Code of medical and sanitary regulations for the guidance of medical officers serving in the Madras Presidency - Volume II
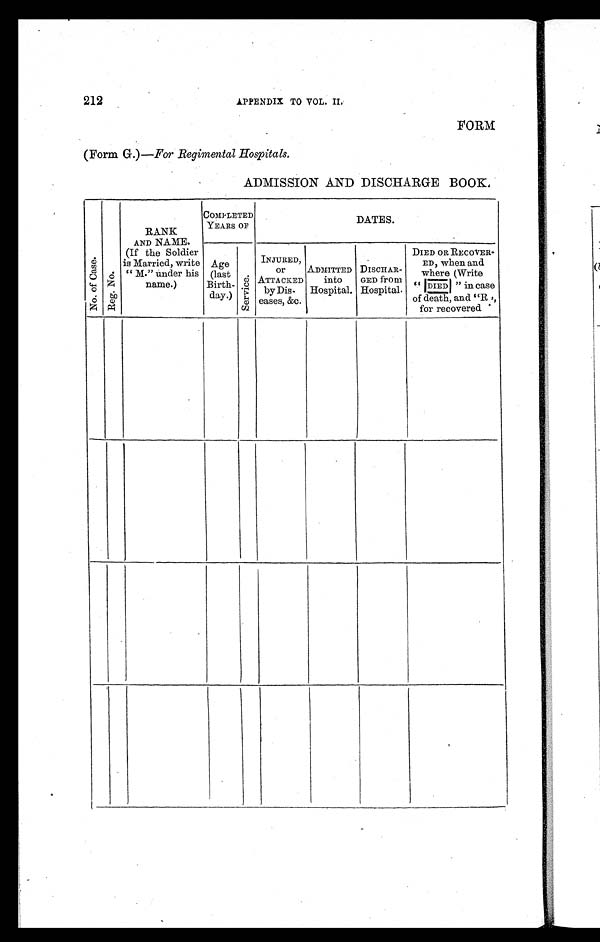
212
APPENDIX TO VOL. II.
FORM
(Form G.)—For Regimental Hospitals.
ADMISSION AND DISCHARGE BOOK.
N o . o f C a s e .
R e g . N o .
RANK
AND NAME.
(If the Soldier
is Married, write
"M." under his
name.)
COMPLETED
YEARS OF
DATES.
Age
(last
Birth-
day.)
S e r v i c e .
INJURED,
or
ATTACKED
by Dis-
eases, &c.
ADMITTED
into
Hospital.
DISCHAR-
GED from
Hospital.
DIED OR RECOVER-
ED, when and
where (Write
" DIED" in case
of death, and "R"
for recovered.